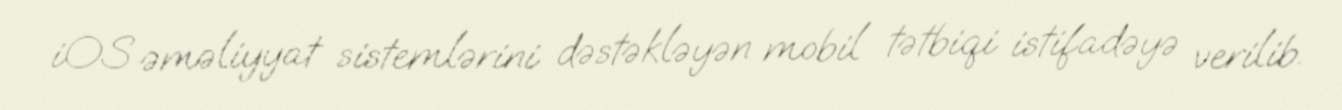
iOS əməliyyat sistemlərini dəstəkləyən mobil tətbiqi istifadəyə verilib.